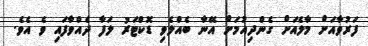
ފަރުވާއަށް މާލެއަށް ގެންދިއުމަށް އޭނާ ބެއްލެވި ޑޮކްޓަރު ލަފާ ދެއްވާފައި ވެ އެވެ.